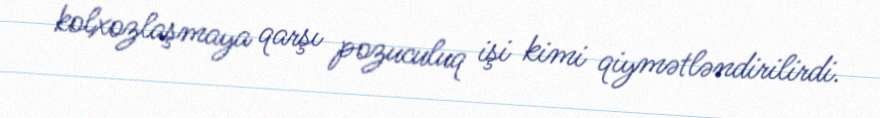
kolxozlaşmaya qarşı pozuculuq işi kimi qiymətləndirilirdi.